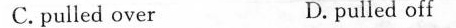
C. pulled over D.pulled off